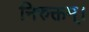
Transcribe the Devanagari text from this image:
निरुक्तम्।